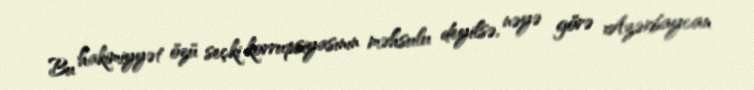
Bu hakimiyyət özü seçki korrupsiyasının məhsulu deyilsə, nəyə görə Azərbaycan